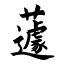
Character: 蘧